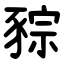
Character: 䝋